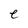
Character: e